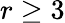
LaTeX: r\geq 3